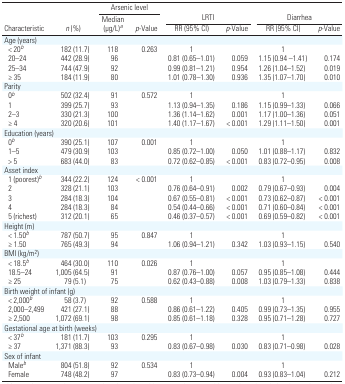
<table><thead><tr><td></td><td></td><td colspan="2"><b>Arsenic level</b></td><td colspan="2"></td><td colspan="2"></td></tr><tr><td></td><td></td><td rowspan="2"><b>Median (μg/L)a</b></td><td rowspan="2"><b><i>p</i>-Value</b></td><td colspan="2"><b>LRTI</b></td><td colspan="2"><b>Diarrhea</b></td></tr><tr><td><b>Characteristic</b></td><td><b><i>n</i> (%)</b></td><td><b>RR (95% CI)</b></td><td><b><i>p</i>-Value</b></td><td><b>RR (95% CI)</b></td><td><b><i>p</i>-Value</b></td></tr></thead><tbody><tr><td colspan="8">Age (years)</td></tr><tr><td> &lt; 20b</td><td>182 (11.7)</td><td>118</td><td>0.263</td><td>1</td><td></td><td>1</td><td></td></tr><tr><td> 20–24</td><td>442 (28.9)</td><td>96</td><td></td><td>0.81 (0.65–1.01)</td><td>0.059</td><td>1.15 (0.94 –1.41)</td><td>0.174</td></tr><tr><td> 25–34</td><td>744 (47.9)</td><td>92</td><td></td><td>0.99 (0.81–1.21)</td><td>0.954</td><td>1.26 (1.04–1.52)</td><td>0.019</td></tr><tr><td> ≥ 35</td><td>184 (11.9)</td><td>80</td><td></td><td>1.01 (0.78–1.30)</td><td>0.936</td><td>1.35 (1.07–1.70)</td><td>0.010</td></tr><tr><td colspan="8">Parity</td></tr><tr><td> 0b</td><td>502 (32.4)</td><td>91</td><td>0.572</td><td>1</td><td></td><td>1</td><td></td></tr><tr><td> 1</td><td>399 (25.7)</td><td>93</td><td></td><td>1.13 (0.94–1.35)</td><td>0.186</td><td>1.15 (0.99–1.33)</td><td>0.066</td></tr><tr><td> 2–3</td><td>330 (21.3)</td><td>100</td><td></td><td>1.36 (1.14–1.62)</td><td>0.001</td><td>1.17 (1.00–1.36)</td><td>0.051</td></tr><tr><td> ≥ 4</td><td>320 (20.6)</td><td>101</td><td></td><td>1.40 (1.17–1.67)</td><td>&lt; 0.001</td><td>1.29 (1.11–1.50)</td><td>0.001</td></tr><tr><td colspan="8">Education (years) </td></tr><tr><td> 0b</td><td>390 (25.1)</td><td>107</td><td>0.001</td><td>1</td><td></td><td>1</td><td></td></tr><tr><td> 1–5</td><td>479 (30.9)</td><td>103</td><td></td><td>0.85 (0.72–1.00)</td><td>0.050</td><td>1.01 (0.88–1.17)</td><td>0.832</td></tr><tr><td> &gt; 5</td><td>683 (44.0)</td><td>83</td><td></td><td>0.72 (0.62–0.85)</td><td>&lt; 0.001</td><td>0.83 (0.72–0.95)</td><td>0.008</td></tr><tr><td colspan="8">Asset index</td></tr><tr><td> 1 (poorest)b</td><td>344 (22.2)</td><td>124</td><td>&lt; 0.001</td><td>1</td><td></td><td>1</td><td></td></tr><tr><td> 2</td><td>328 (21.1)</td><td>103</td><td></td><td>0.76 (0.64–0.91)</td><td>0.002</td><td>0.79 (0.67–0.93)</td><td>0.004</td></tr><tr><td> 3</td><td>284 (18.3)</td><td>104</td><td></td><td>0.67 (0.55–0.81)</td><td>&lt; 0.001</td><td>0.73 (0.62–0.87)</td><td>&lt; 0.001</td></tr><tr><td> 4</td><td>284 (18.3)</td><td>84</td><td></td><td>0.54 (0.44–0.66)</td><td>&lt; 0.001</td><td>0.71 (0.60–0.84)</td><td>&lt; 0.001</td></tr><tr><td> 5 (richest)</td><td>312 (20.1)</td><td>65</td><td></td><td>0.46 (0.37–0.57)</td><td>&lt; 0.001</td><td>0.69 (0.59–0.82)</td><td>&lt; 0.001</td></tr><tr><td colspan="8">Height (m) </td></tr><tr><td> &lt; 1.50b</td><td>787 (50.7)</td><td>95</td><td>0.847</td><td>1</td><td></td><td>1</td><td></td></tr><tr><td> ≥ 1.50</td><td>765 (49.3)</td><td>94</td><td></td><td>1.06 (0.94–1.21)</td><td>0.342</td><td>1.03 (0.93–1.15)</td><td>0.540</td></tr><tr><td colspan="8">BMI (kg/m<sup>2</sup>) </td></tr><tr><td> &lt; 18.5b</td><td>464 (30.0)</td><td>110</td><td>0.026</td><td>1</td><td></td><td>1</td><td></td></tr><tr><td> 18.5–24</td><td>1,005 (64.5)</td><td>91</td><td></td><td>0.87 (0.76–1.00)</td><td>0.057</td><td>0.95 (0.85–1.08)</td><td>0.444</td></tr><tr><td> ≥ 25</td><td>79 (5.1)</td><td>75</td><td></td><td>0.62 (0.43–0.88)</td><td>0.008</td><td>1.03 (0.79–1.33)</td><td>0.838</td></tr><tr><td colspan="8">Birth weight of infant (g) </td></tr><tr><td> &lt; 2,000b</td><td>58 (3.7)</td><td>92</td><td>0.588</td><td>1</td><td></td><td>1</td><td></td></tr><tr><td> 2,000–2,499</td><td>421 (27.1)</td><td>88</td><td></td><td>0.86 (0.61–1.22)</td><td>0.405</td><td>0.99 (0.73–1.35)</td><td>0.955</td></tr><tr><td> ≥ 2,500</td><td>1,072 (69.1)</td><td>98</td><td></td><td>0.85 (0.61–1.18)</td><td>0.328</td><td>0.95 (0.71–1.28)</td><td>0.727</td></tr><tr><td colspan="8">Gestational age at birth (weeks) </td></tr><tr><td> &lt; 37b</td><td>181 (11.7)</td><td>103</td><td>0.295</td><td>1</td><td></td><td>1</td><td></td></tr><tr><td> ≥ 37</td><td>1,371 (88.3)</td><td>93</td><td></td><td>0.83 (0.67–0.98)</td><td>0.030</td><td>0.83 (0.71–0.98)</td><td>0.028</td></tr><tr><td colspan="8">Sex of infant</td></tr><tr><td> Maleb</td><td>804 (51.8)</td><td>92</td><td></td><td>0.534</td><td>1</td><td>1</td><td></td></tr><tr><td> Female</td><td>748 (48.2)</td><td>97</td><td></td><td>0.83 (0.73–0.94)</td><td>0.004</td><td>0.93 (0.83–1.04)</td><td>0.212</td></tr></tbody></table>